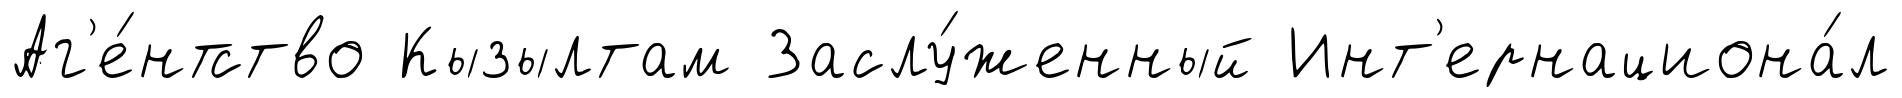
Аг'е́нтство Кызылтам Заслу́женный Инт'ернациона́л